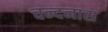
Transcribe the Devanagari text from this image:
चन्दनास